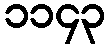
၁၁၄၃